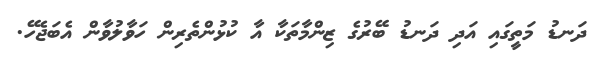
ދަނޑު މަތީގައި އަދި ދަނޑު ބޭރުގެ ޒިންމާތަކާ އާ ކުޅުންތެރިން ހަވާލުވާން އެބަޖެހޭ.